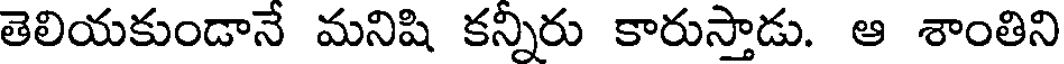
తెలియకుండానే మనిషి కన్నీరు కారుస్తాడు. ఆ శాంతిని